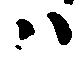
ハ